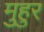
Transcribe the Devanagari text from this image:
मुहुर